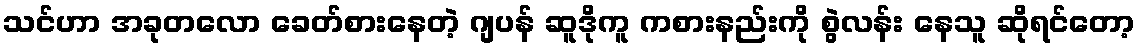
သင်ဟာ အခုတလော ခေတ်စားနေတဲ့ ဂျပန် ဆူဒိုကူ ကစားနည်းကို စွဲလန်း နေသူ ဆိုရင်တော့